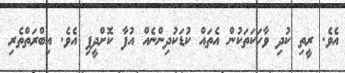
އެވެ. ރީތި ކުދި ވާހަކަަތަކުން އެތައް ކުޑަކުދިންނެއް އުފާ ކޮށްދީފި އެވެ. އިބްރަތްތެރި